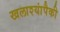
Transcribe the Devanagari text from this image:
खलाश्यांपैकी